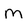
Character: m